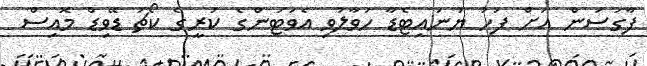
ފާގަސަން އަށް ފަހު ޔުނައިޓެޑާ ހަވާލުވި އެވަޓަންގެ ކުރީގެ ކޯޗު ޑޭވިޑް މޮއިސް